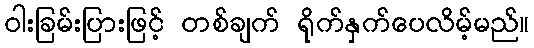
ဝါးခြမ်းပြားဖြင့် တစ်ချက် ရိုက်နှက်ပေလိမ့်မည်။